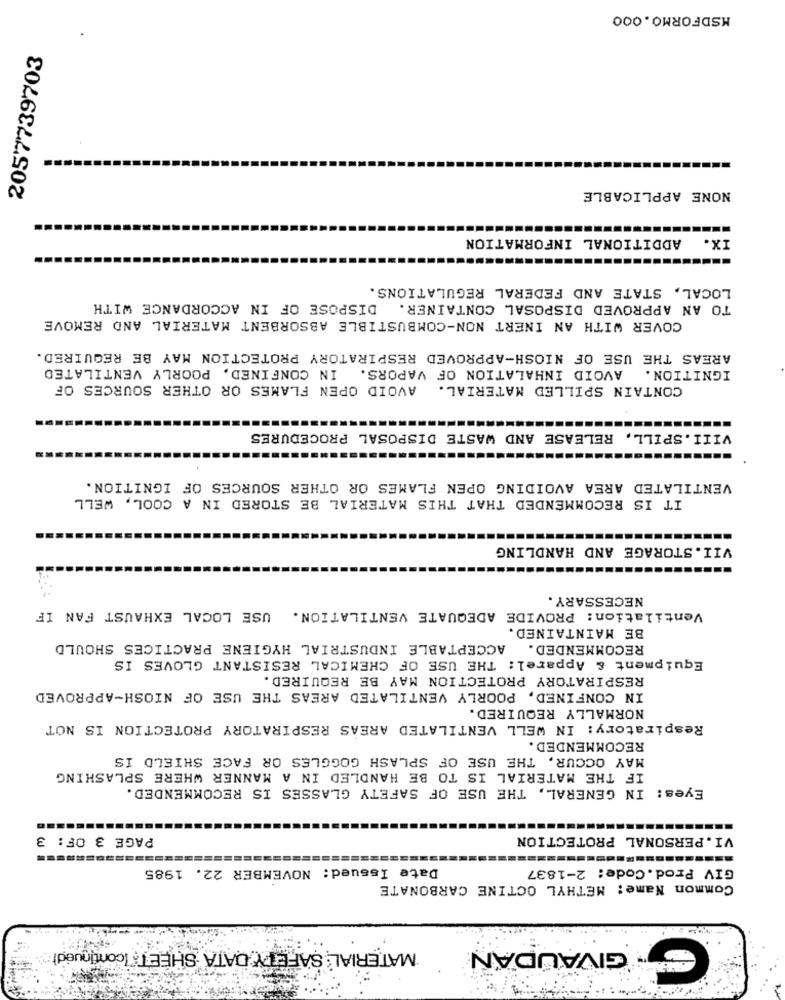
MSDFORMO.000
2057739703
NONE APPLICABLE
ADDITIONAL INFORMATION
LOCAL, STATE AND FEDERAL REGULATIONS.
DISPOSE OF IN ACCORDANCE WITH
TO AN APPROVED DISPOSAL CONTAINER.
COVER WITH AN INERT NON-COMBUSTIBLE ABSORBENT MATERIAL AND REMOVE
AREAS THE USE OF NIOSH-APPROVED RESPIRATORY PROTECTION MAY BE REQUIRED.
AVOID INHALATION OF VAPORS. IN CONFINED, POORLY VENTILATED
IGNITION.
AVOID OPEN FLAMES OR OTHER SOURCES OF
CONTAIN SPILLED MATERIAL.
VIII.SPILL, RELEASE AND WASTE DISPOSAL PROCEDURES
VENTILATED AREA AVOIDING OPEN FLAMES OR OTHER SOURCES OF IGNITION.
IT IS RECOMMENDED THAT THIS MATERIAL BE STORED IN A COOL, WELL
VII.STORAGE AND HANDLING
NECESSARY.
USE LOCAL EXHAUST FAN IF
Ventilation: PROVIDE ADEQUATE VENTILATION.
BE MAINTAINED.
ACCEPTABLE INDUSTRIAL HYGIENE PRACTICES SHOULD
RECOMMENDED.
Equipment & Apparel: THE USE OF CHEMICAL RESISTANT GLOVES IS
RESPIRATORY PROTECTION MAY BE REQUIRED.
IN CONFINED, POORLY VENTILATED AREAS THE USE OF NIOSH-APPROVED
NORMALLY REQUIRED.
Respiratory: IN WELL VENTILATED AREAS RESPIRATORY PROTECTION IS NOT
RECOMMENDED.
MAY OCCUR, THE USE OF SPLASH GOGGLES OR FACE SHIELD IS
IF THE MATERIAL IS TO BE HANDLED IN A MANNER WHERE SPLASHING
Eyes: IN GENERAL, THE USE OF SAFETY GLASSES IS RECOMMENDED.
PAGE 3 OF: 3
VI.PERSONAL PROTECTION
Date Issued: NOVEMBER 22. 1985
GIV Prod.Code: 2-1837
Common Name: METHYL OCTINE CARBONATE
MATERIAL SAFETY DATA SHEET: Icontinued
GIVAUDAN